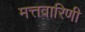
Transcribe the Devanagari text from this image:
मत्तवारिणी